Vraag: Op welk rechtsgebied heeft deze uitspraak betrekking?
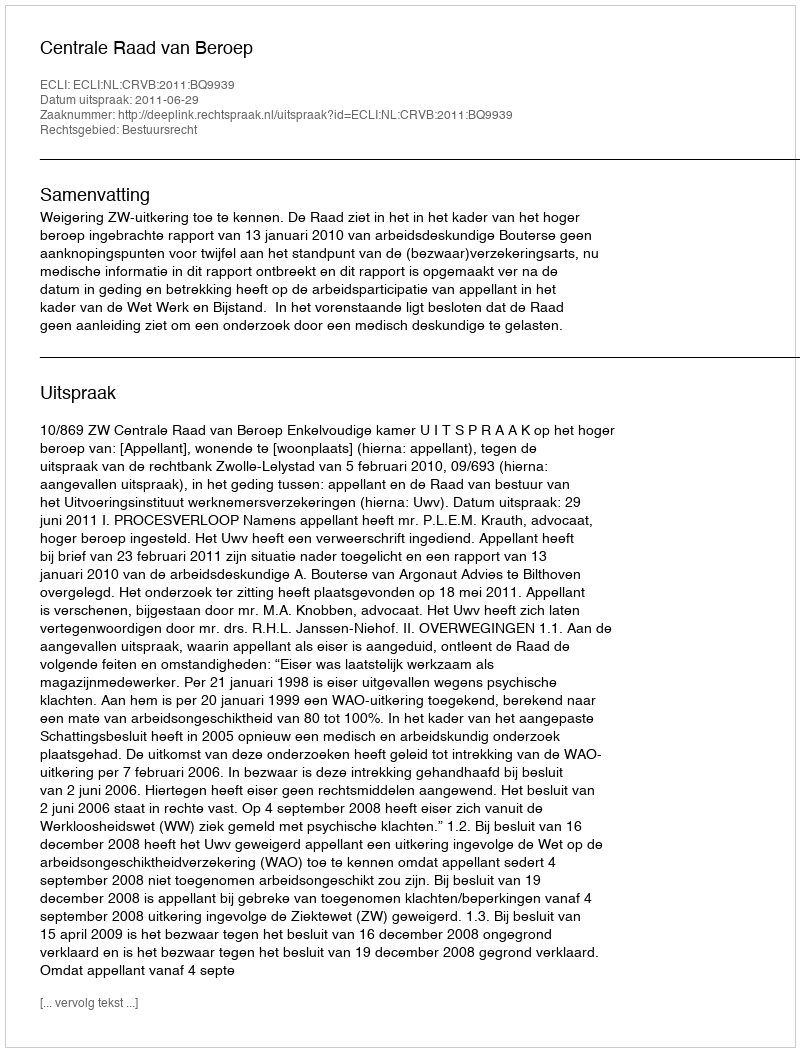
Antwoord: Bestuursrecht